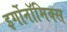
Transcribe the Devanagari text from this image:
इर्गोनॉमिक्स